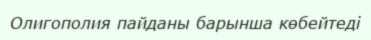
Олигополия пайданы барынша көбейтеді